Plague in India, 1896, 1897 - Volume 1
Year: 1896
Disease focus: Plague
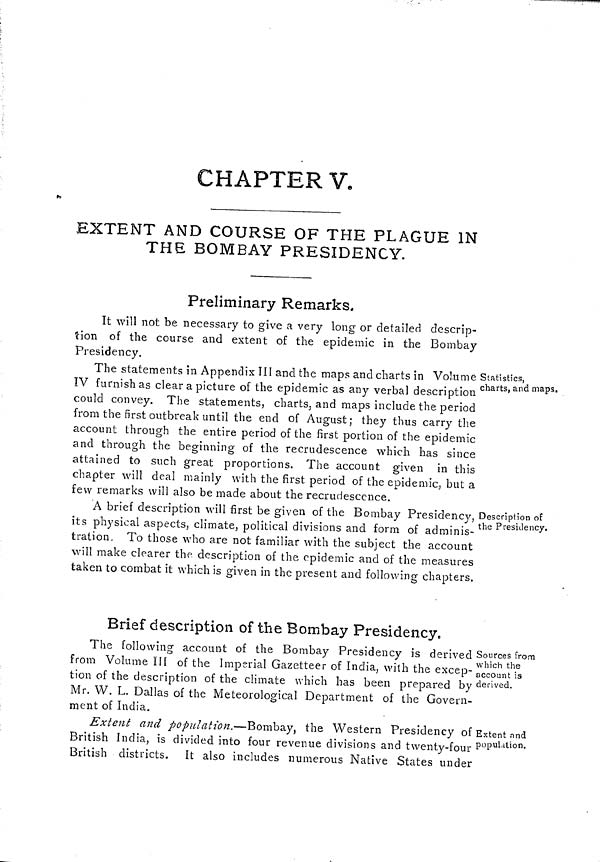
CHAPTFR V.
EXTENT AND COURSE OF THE PLAGUE IN
THE BOMBAY PRESIDENCY.
Preliminary Remarks.
It will not be necessary to give a very long or detailed descrip-
tion of the course and extent of the epidemic in the Bombay
Presidency.
Statistics,
charts, and maps.
The statements in Appendix III and the maps and charts in Volume
IV furnish as clear a picture of the epidemic as any verbal description
could convey. The statements, charts, and maps include the period
from the first outbreak until the end of August; they thus carry the
account through the entire period of the first portion of the epidemic
and through the beginning of the recrudescence which has since
attained to such great proportions. The account given in this
chapter will deal mainly with the first period of the epidemic, but a
few remarks will also be made about the recrudescence.
Description of
the Presidency.
A brief description will first be given of the Bombay Presidency,
its physical aspects, climate, political divisions and form of adminis-
tration. To those who are not familiar with the subject the account
will make clearer the description of the epidemic and of the measures
taken to combat it which is given in the present and following chapters.
Sources from
which the
account is
derived.
Brief description of the Bombay Presidency.
The following account of the Bombay Presidency is derived
from Volume III of the Imperial Gazetteer of India, with the excep-
tion of the description of the climate which has been prepared by
Mr. W. L. Dallas of the Meteorological Department of the Govern-
ment of India.
Extent and
population.
Extent and population.—Bombay, the Western Presidency of
British India, is divided into four revenue divisions and twenty-four
British districts. It also includes numerous Native States under